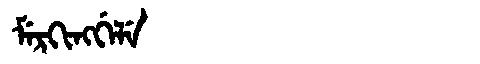
Manchu: ᠮᡝᡵᡴᡳᠩᡤᡝᠯᡝ
Romanization: MERKINGGELE